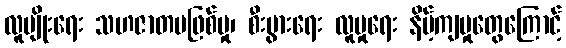
လူမျိုးရေး သဟဇာတမဖြစ်မှု၊ စီးပွားရေး လူမှုရေး နိမ့်ကျမှုတွေကြောင့်